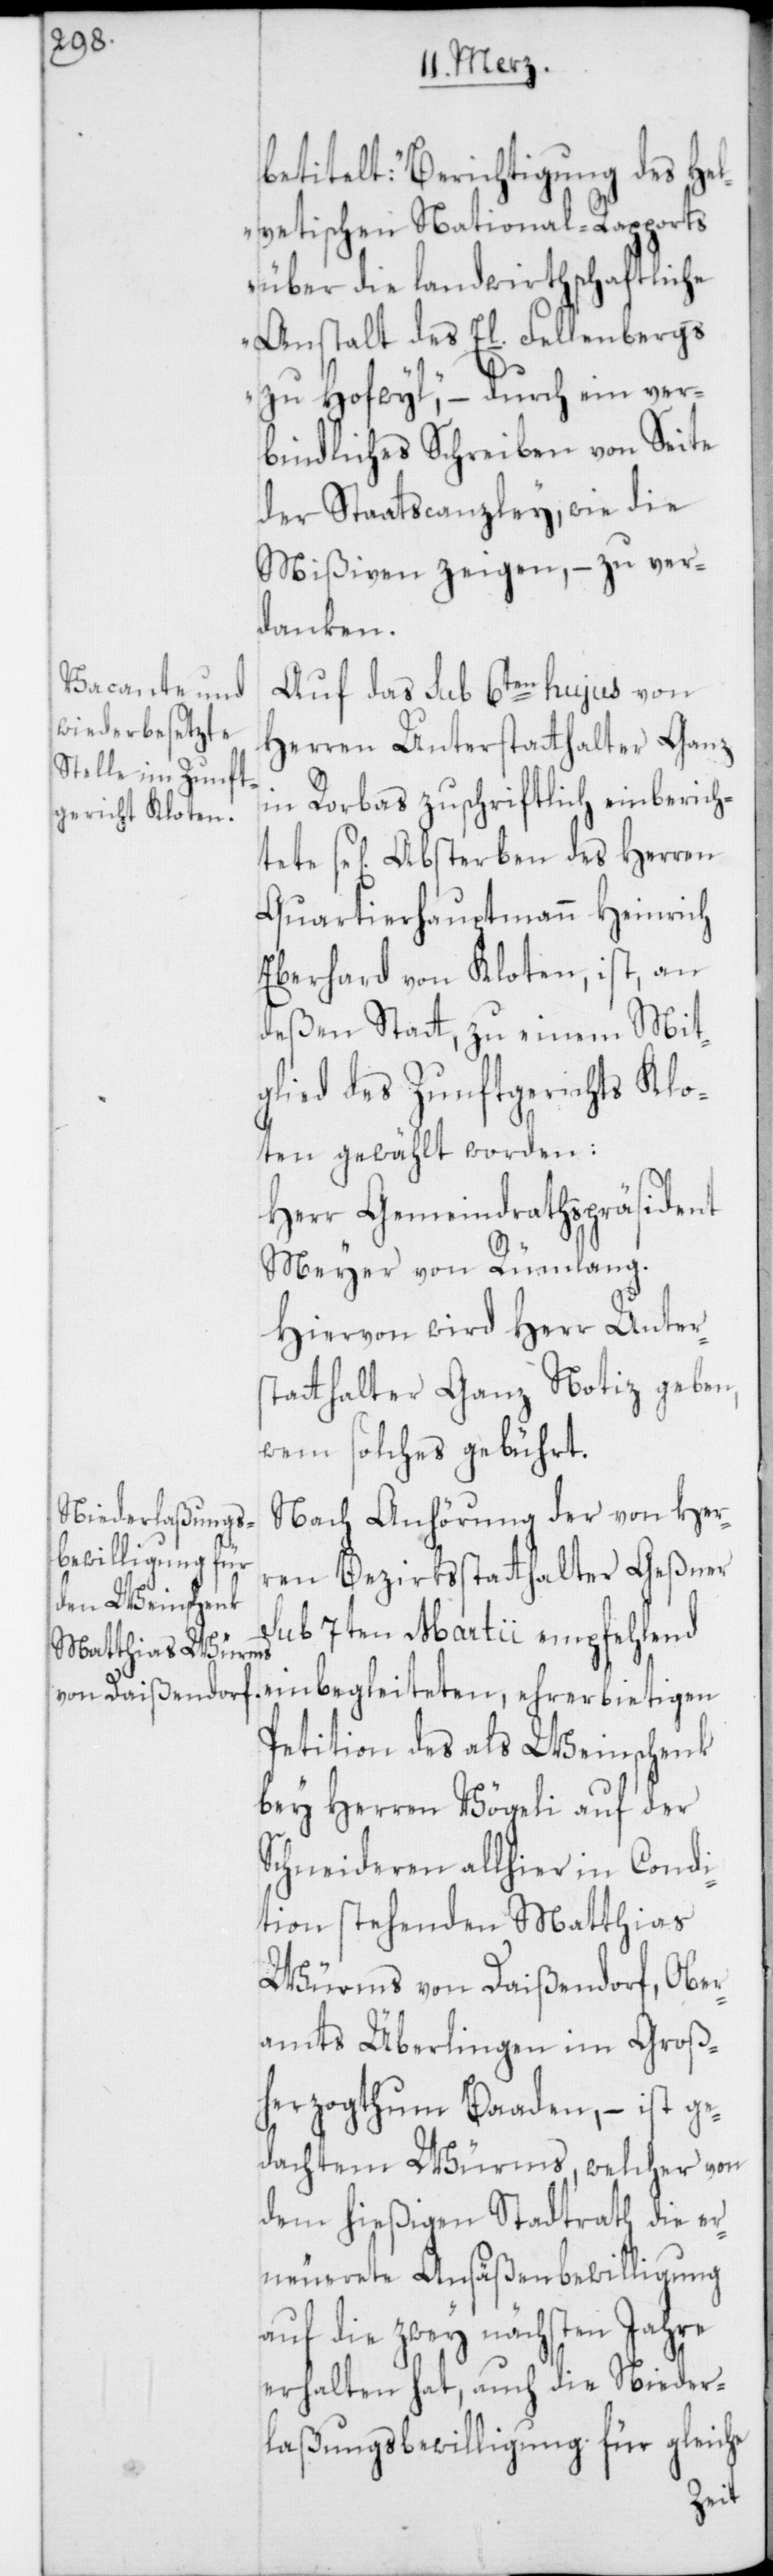
betitelt: „Berichtigung des Hel¬
vetischen National-Rapports
über die landwirthschaftliche
Anstalt des El. Fellenbergs
zu Hofwyl“, – durch ein ver¬
bindliches Schreiben von Seite
der Staatscanzley, wie die
Mißiven zeigen, – zu ver¬
danken.
Auf das sub 6ten hujus von
Herren Unterstatthalter Ganz
in Rorbas zuschriftlich einberich¬
tete sel. Absterben des Herren
Quartierhauptmann Heinrich
Eberhard von Kloten, ist, an
deßen Statt, zu einem Mit¬
glied des Zunftgerichts Klo¬
ten gewählt worden:
Herr Gemeindrathspräsident
Meyer von Rümlang.
Hievon wird Herr Unters¬
tatthalter Ganz Notiz geben,
wem solches gebührt.
Nach Anhörung der von Her¬
ren Bezirksstatthalter Geßner
sub 7ten Martii empfehlend
einbegleiteten ehrerbietigen
Petition des als Weinschenk
bey Herren Vögeli auf der
Schneideren allhier in Condi¬
tion stehenden Matthias
Würms von Daißendorf, Ober¬
amts Überlingen im Groß¬
herzogtum Baaden, – ist ge¬
dachtem Würms, welcher von
dem hießigen Stadtrath die er¬
neuerete Ansäßenbewilligung
auf die zwey nächsten Jahre
erhalten hat, auch die Nieder¬
lassungsbewilligung für gleiche